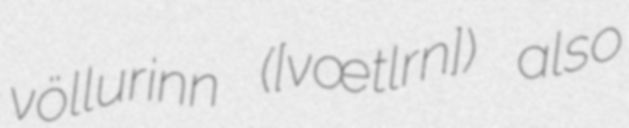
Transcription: völlurinn ([ˈvœtlʏrɪn]) also